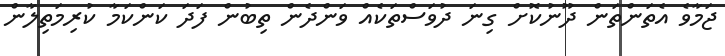
ޖަމާވެ އެތަންތަން ދޫނުކޮށް ގިނަ ދުވަސްތަކެއް ވަންދެން ތިބުން ފަދަ ކަންކަމާ ކުރިމަތިލާން